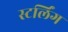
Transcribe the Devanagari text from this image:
स्टर्लिंग